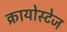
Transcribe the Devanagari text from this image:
क्रायोस्टेज